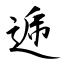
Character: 逓